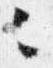
々